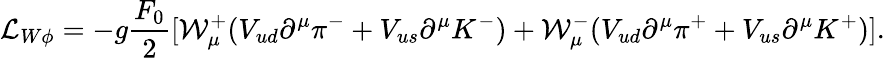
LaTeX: {\cal L}_{W\phi}=-g\frac{F_{0}}{2}[{\cal W}_{\mu}^{+}(V_{ud}\partial^{\mu}\pi^{-}+V_{us}\partial^{\mu}K^{-})+{\cal W}_{\mu}^{-}(V_{ud}\partial^{\mu}\pi^{+}+V_{us}\partial^{\mu}K^{+})].